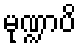
မုဏ္ဍာပိ